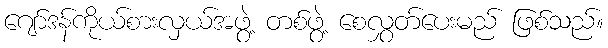
ဂျော်ဒန်ကိုယ်စားလှယ်အဖွဲ့ တစ်ဖွဲ့ စေလွှတ်ပေးမည် ဖြစ်သည်။